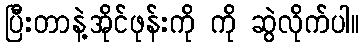
ပြီးတာနဲ့အိုင်ဖုန်းကို ကို ဆွဲလိုက်ပါ။